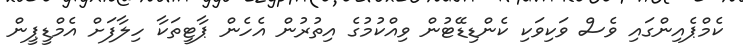
ކެމްޕެއިންގައި ވެސް ވަކިވަކި ކެންޑިޑޭޓުން ވިއްކުމުގެ އިތުރުން އެހެން ޕާޓީތަކާ ހިލާފަށް އެމްޑީޕީން